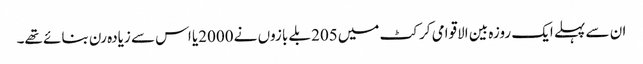
ان سے پہلے ایک روزہ بین الاقوامی کرکٹ میں205 بلے بازوں نے 2000یا اس سے زیادہ رن بنائے تھے۔